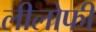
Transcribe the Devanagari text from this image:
लीलोफी